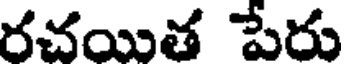
రచయిత పేరు